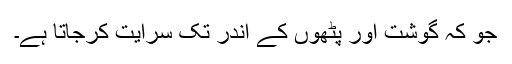
جو کہ گوشت اور پٹھوں کے اندر تک سرایت کرجاتا ہے۔